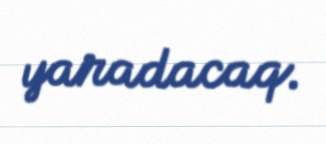
yaradacaq.